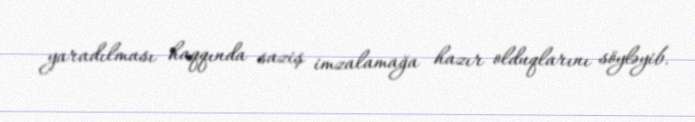
yaradılması haqqında saziş imzalamağa hazır olduqlarını söyləyib.